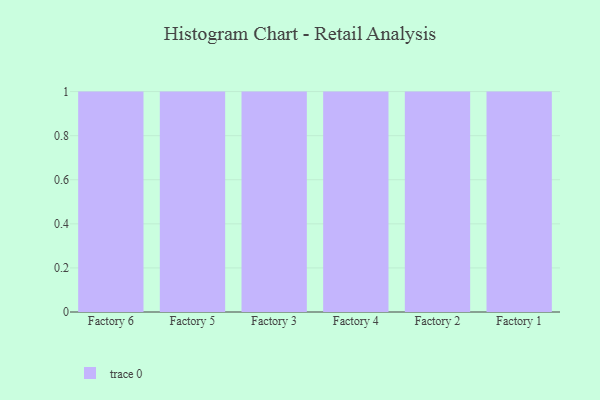
{"axis": {"x": "Factory", "y": "Conversion Rate (%)"}, "legend": [""], "data": [{"x": "Factory 6", "y": 96, "type": ""}, {"x": "Factory 5", "y": 100, "type": ""}, {"x": "Factory 3", "y": 59, "type": ""}, {"x": "Factory 4", "y": 71, "type": ""}, {"x": "Factory 2", "y": 29, "type": ""}, {"x": "Factory 1", "y": 12, "type": ""}]}